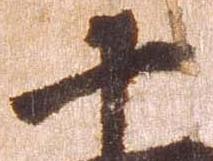
十